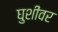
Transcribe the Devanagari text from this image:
घुशींवर